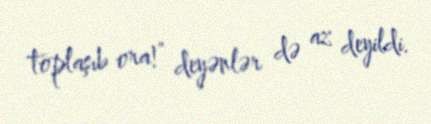
toplaşıb ora!” deyənlər də az deyildi.